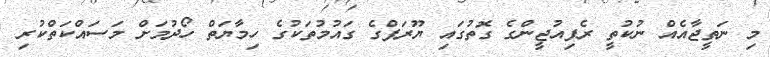
މި ނަތީޖާއެއް ނުކުތީ ރެފިއުޖީންގެ ގޮތުގައި ޔޫރަޕްގެ ގައުމުތަކުގެ ހިމާޔަތް ހޯދުމަށް މަސައްކަތްކުރި